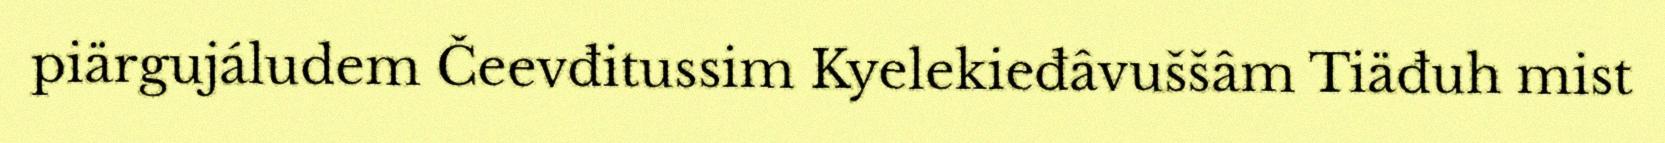
piärgujáludem Čeevđitussim Kyelekieđâvuššâm Tiäđuh mist